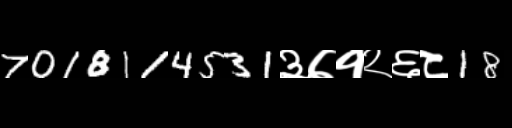
Text: 7018114531३७१२६८18